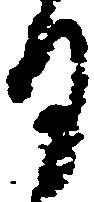
日